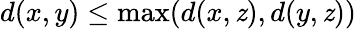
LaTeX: d(x,y)\leq\operatorname*{max}(d(x,\mathit{z}),d(y,\mathit{z}))